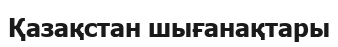
Қазақстан шығанақтары